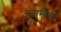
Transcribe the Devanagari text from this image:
अजम्बरी